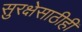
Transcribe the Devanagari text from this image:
सुरक्षेसाठीही